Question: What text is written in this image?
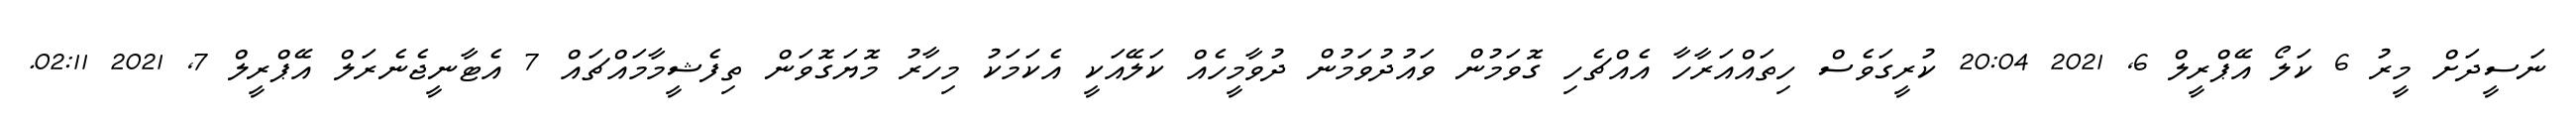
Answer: ނަސީދަށް މީރު 6 ކަލޯ އޭޕްރީލް 6, 2021 20:04 ކުރީގަވެސް ހިތައްއަރާހާ އެއްޗެހި ގޮވަމުން ވައުދުވަމުން ދުވާމީހެއް ކަލޭއަކީ އެކަމަކު މިހާރު މޮޔަގޮވަން ތިފެޝީމާމައްޗައް 7 އެޓާނީޖެނެރަލް އޭޕްރީލް 7, 2021 02:11.